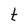
Character: t